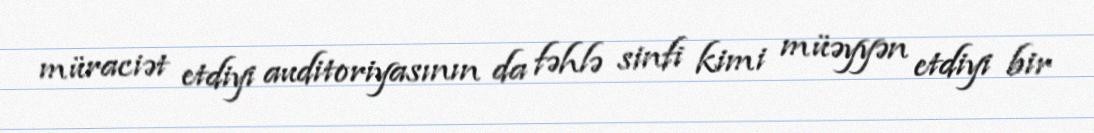
müraciət etdiyi auditoriyasının da fəhlə sinfi kimi müəyyən etdiyi bir